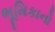
ભૂમિકાનો